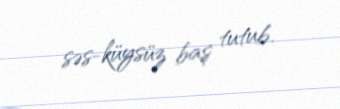
səs-küysüz baş tutub.